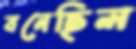
বনেছিল